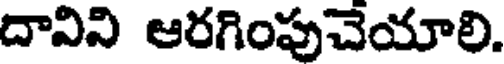
దావిని ఆరగింపుచెయాలి.